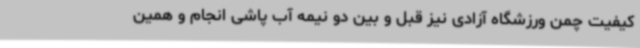
کیفیت چمن ورزشگاه آزادی نیز قبل و بین دو نیمه آب پاشی انجام و همین